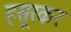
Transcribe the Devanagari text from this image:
हसूरकर